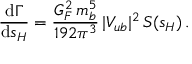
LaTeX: { \frac { \mathrm { d } \Gamma } { \mathrm { d } s _ { H } } } = { \frac { G _ { F } ^ { 2 } \, m _ { b } ^ { 5 } } { 1 9 2 \pi ^ { 3 } } } \, | V _ { u b } | ^ { 2 } \, S ( s _ { H } ) \, .